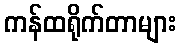
ကန်ထရိုက်တာများ